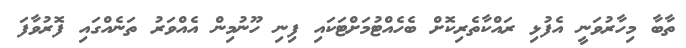
ތާބާ މިހާރުވަނީ އެފުޅި ރައްކާތެރިކޮށް ބެހެއްޓުމަށްޓަކައި ފިނި ހޫނުމިން އެއްވަރު ތަނެއްގައި ފޮރުވާފަ